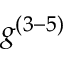
g ^ { ( 3 - 5 ) }